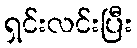
ရှင်းလင်းပြီး